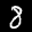
Label: 8